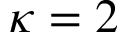
\kappa = 2